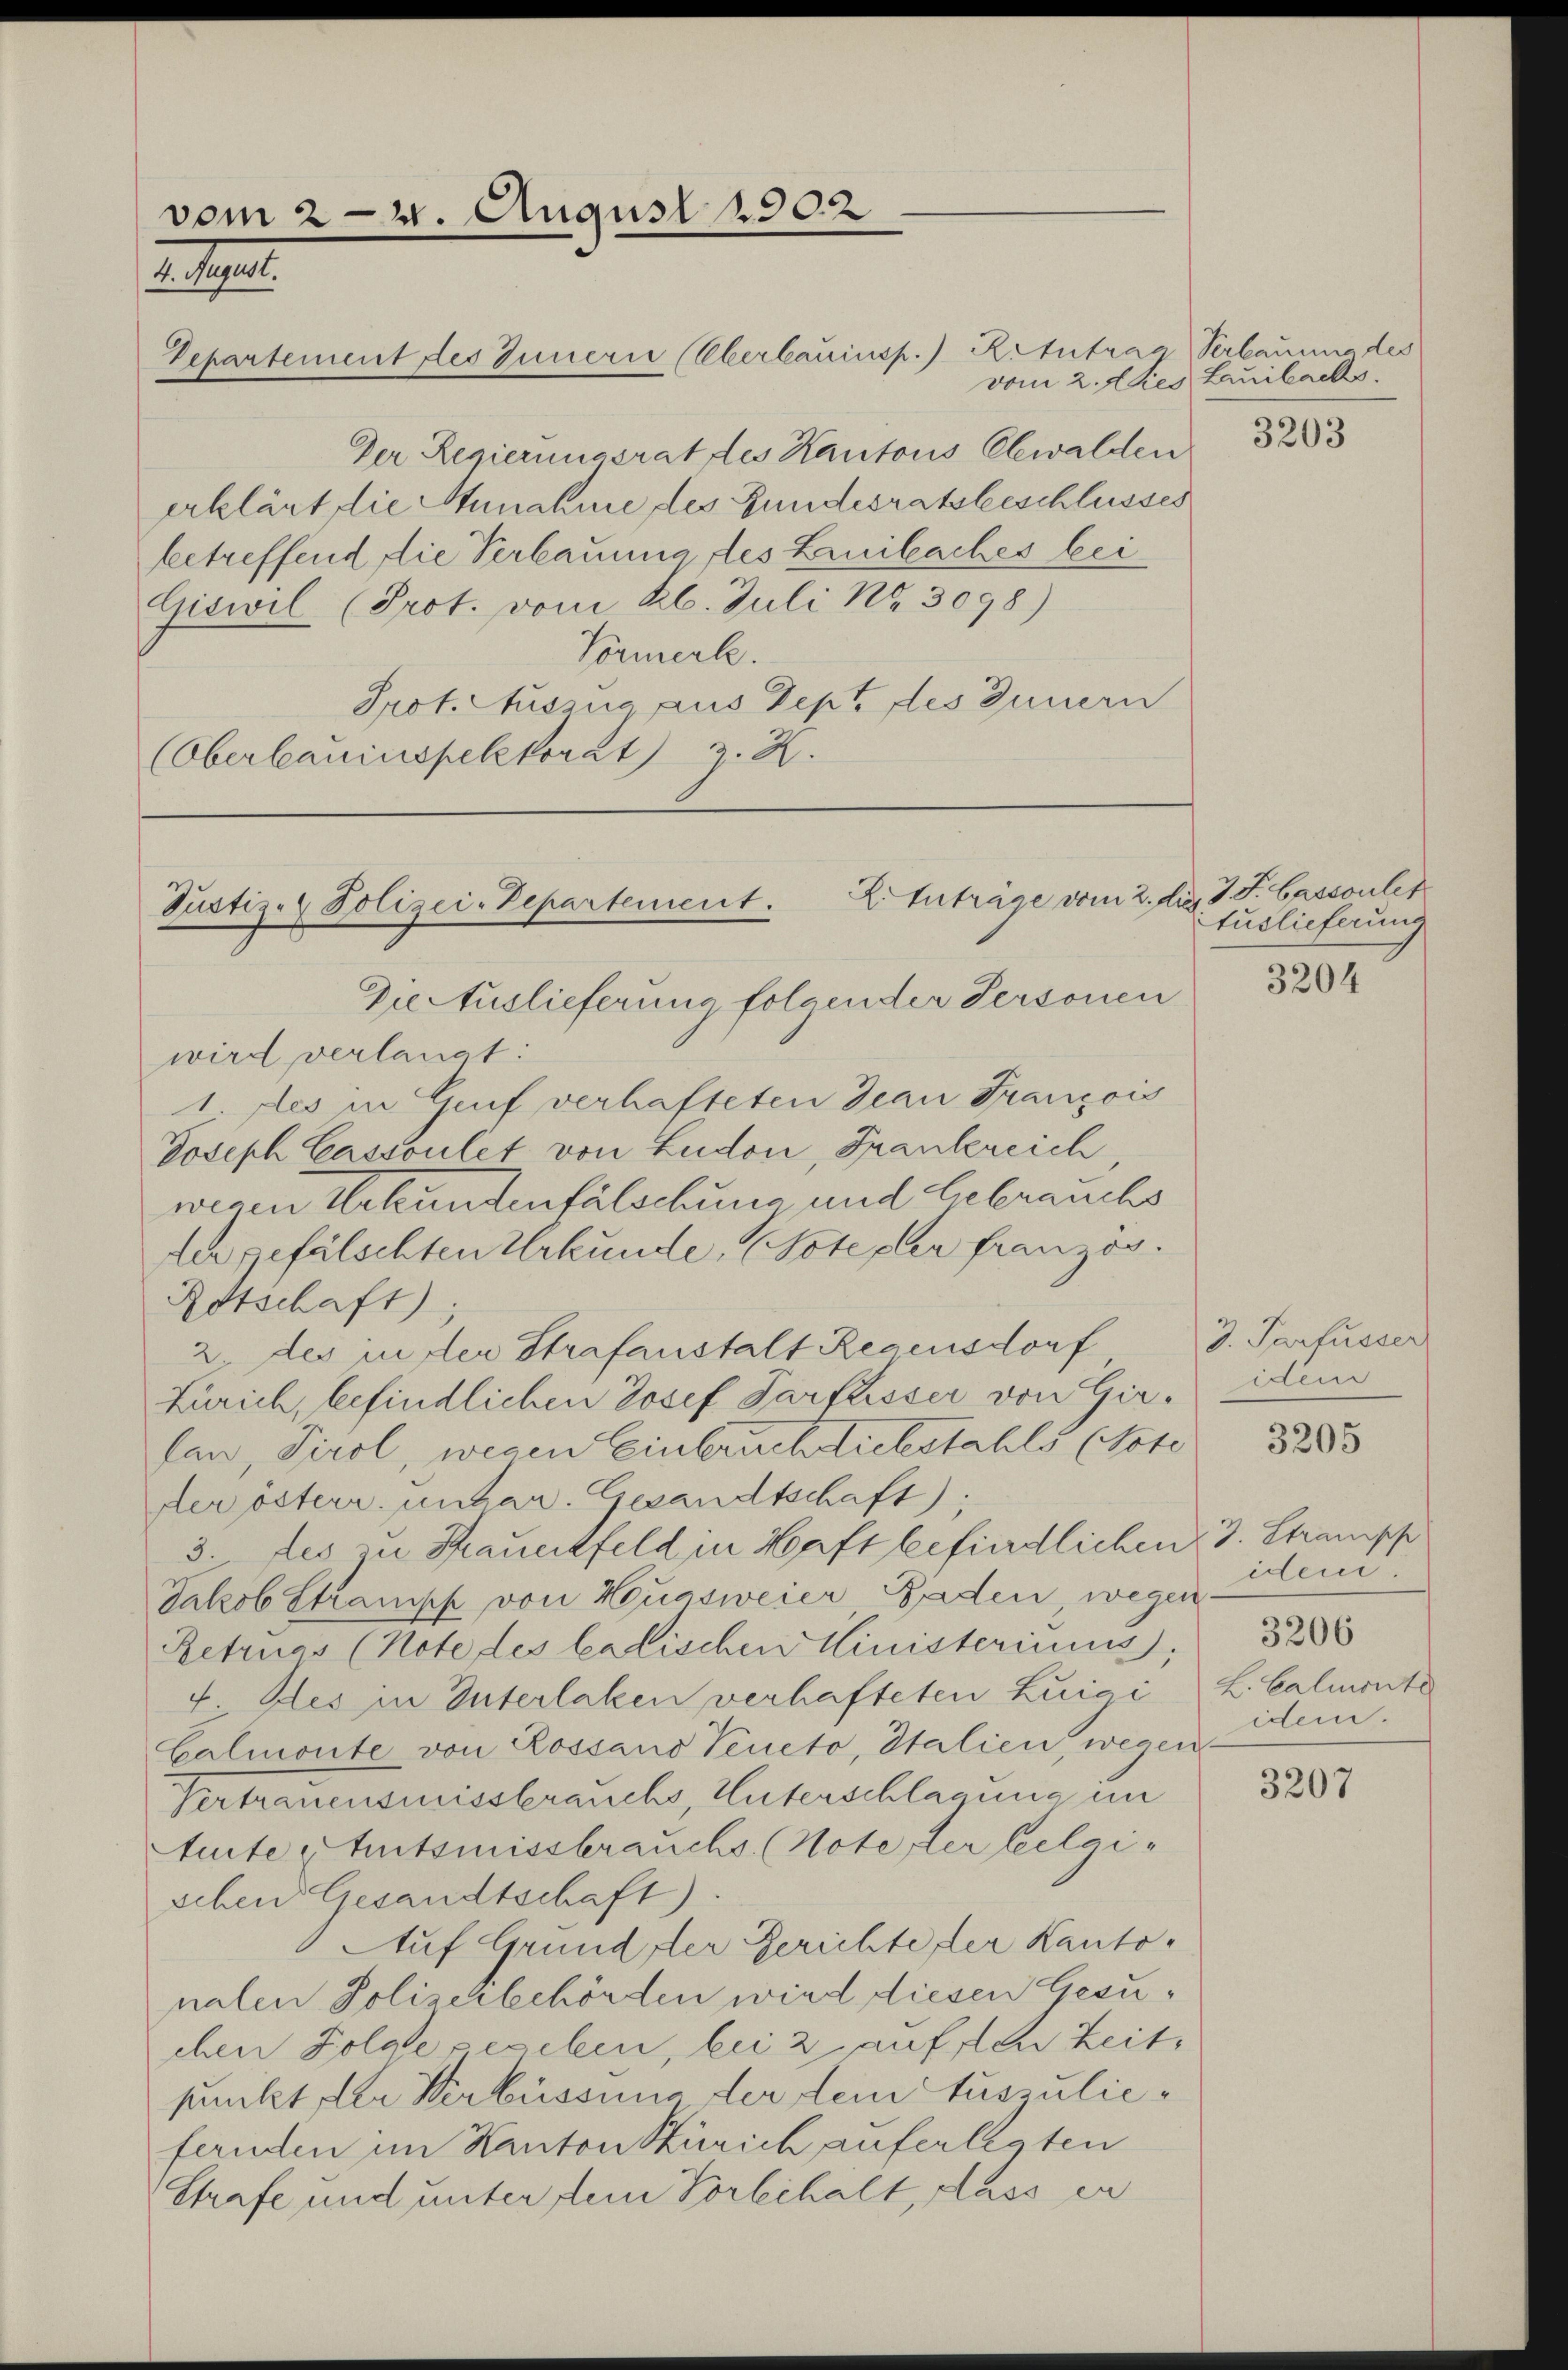
vom 24. August 1902
2
Departement des Innern Überbauinsp. Ritutraa Verbauung des

Der Regierungsrat des Kantons Elwalden
erklärt die Munahme des Bundesratsbeschlusses
betreffend die Verbaumig des Laibaches bei
Giswil (Prot. vom 26. Juli Nr. 3098)
Vormerke.
Prot. Auszug aus Dept des Innern
(Oberbauinspektorat) z. R.

Justiz- & Polizei-Departement. Einträge vom 2. die
Drectuslieferung folgender Personen

vom 2. Aktes Lauilacks.

wird verlangt:
1. des in Grif verhafteten Jean François
Joseph Cassoulet von Ludon, Frankreich
wegen Urkundenfälschung und Gebrauchs
der gefälschten Urkunde, (Note der französ.
Rotschaft)
2. des in der Strafanstalt Regensdorf
Zürich, befindlichen Josef Partiesser von Girfan Tirol, wegen Einbruchsiebstahls (Note
der österr. untar. Gesandtschaft),
3. des zu Frauerkfeld in Haft befindlichen 3. Strampf
Jakob Strampf von Hugsweier Baden wegen
Retruas (Note des kalischen Ministeriums,
4 des in Unterlaken verhafteten Zuići L. Calmonte
Galmonte von Rossano Veneto, Italien, wegen
Vertrauensmissbrauchs, Unterschlagung im
Amte Staatsmissbrauchs (Note der Seelgiseben Gesandtschaft)
Auf Grund der Gerichte der Kantonalen Polizeybehörden wird diesen Gesuchen Folge gesehen, bei & auf den Zeit,
punkt der Verbüssung der dem Auszuliefernden im Kanton Zürich auferlegten
Strafe und unter dem Vorbehalt, dass er

3203

27 J. bascoulet
Auslieferung

3204

3. Parfusser
den

3205

idem
3206
idem.

3207